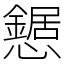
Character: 𢤹